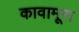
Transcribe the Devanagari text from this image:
कावामूरा